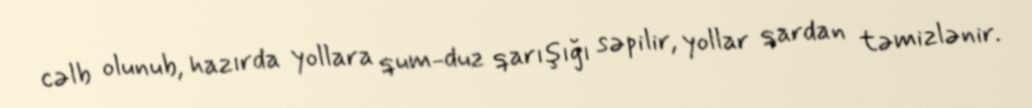
cəlb olunub, hazırda yollara qum-duz qarışığı səpilir, yollar qardan təmizlənir.